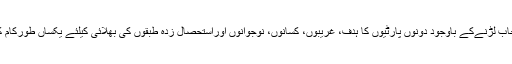
الگ انتخاب لڑنےکے باوجود دونوں پارٹیوں کا ہدف، غریبوں، کسانوں، نوجوانوں اوراستحصال زدہ طبقوں کی بھلائی کیلئے یکساں طورکام کرنا تھا۔